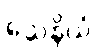
သေနိယံ